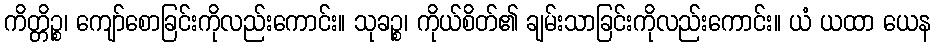
ကိတ္တိဉ္စ၊ ကျော်စောခြင်းကိုလည်းကောင်း။ သုခဉ္စ၊ ကိုယ်စိတ်၏ ချမ်းသာခြင်းကိုလည်းကောင်း။ ယံ ယထာ ယေန